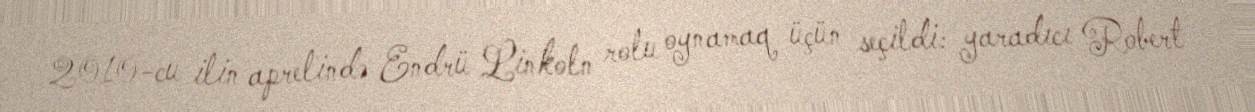
2010-cu ilin aprelində Endrü Linkoln rolu oynamaq üçün seçildi: yaradıcı Robert